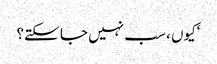
‘کیوں ، سب نہیں جا سکتے؟